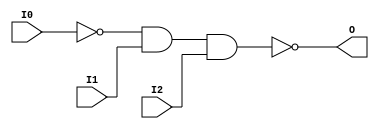
// $Header: /devl/xcs/repo/env/Databases/CAEInterfaces/verunilibs/data/unisims/NAND3B1.v,v 1.6 2007/05/23 21:43:39 patrickp Exp $
///////////////////////////////////////////////////////////////////////////////
// Copyright (c) 1995/2004 Xilinx, Inc.
// All Right Reserved.
///////////////////////////////////////////////////////////////////////////////
//   ____  ____
//  /   /\/   /
// /___/  \  /    Vendor : Xilinx
// \   \   \/     Version : 10.1
//  \   \         Description : Xilinx Functional Simulation Library Component
//  /   /                  3-input NAND Gate
// /___/   /\     Filename : NAND3B1.v
// \   \  /  \    Timestamp : Thu Mar 25 16:42:56 PST 2004
//  \___\/\___\
//
// Revision:
//    03/23/04 - Initial version.
//    05/23/07 - Changed timescale to 1 ps / 1 ps.
//    05/23/07 - Added wire declaration for internal signals.

`timescale  1 ps / 1 ps


module NAND3B1 (O, I0, I1, I2);

    output O;

    input  I0, I1, I2;

    wire i0_inv;

    not N0 (i0_inv, I0);
    nand A1 (O, i0_inv, I1, I2);


endmodule